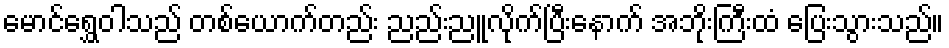
မောင်ရွှေဝါသည် တစ်ယောက်တည်း ညည်းညူလိုက်ပြီးနောက် အဘိုးကြီးထံ ပြေးသွားသည်။